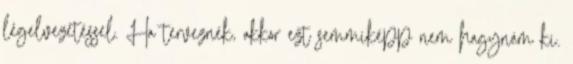
légelvezetéssel. Ha terveznék, akkor ezt semmiképp nem hagynám ki.